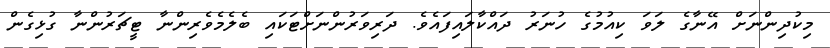
މިކުދިންނަށް އޭނާގެ ލަވަ ކިއުމުގެ ހުނަރު ދައްކާލައިފައެވެ. ދަރިވަރުންނަށްޓަކައި ބެލެމެވެރިންނާ ޓީޗަރުންނާ ގުޅިގެން